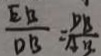
\frac { E B } { D B } = \frac { D B } { A B }